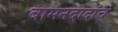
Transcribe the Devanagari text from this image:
वामनदादांचं